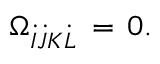
\Omega _ { \dot { I } \dot { J } K \dot { L } } \, = \, 0 .